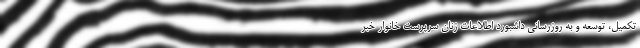
تکمیل، توسعه و به روزرسانی داشبورد اطلاعات زنان سرپرست خانوار خبر